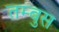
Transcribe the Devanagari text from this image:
तम्बुस